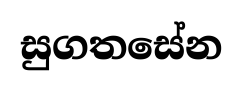
සුගතසේන